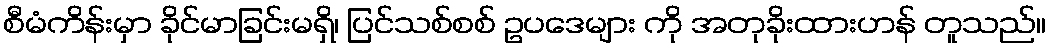
စီမံကိန်းမှာ ခိုင်မာခြင်းမရှိ၊ ပြင်သစ်စစ် ဥပဒေများ ကို အတုခိုးထားဟန် တူသည်။